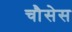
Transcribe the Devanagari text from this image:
चौसेस